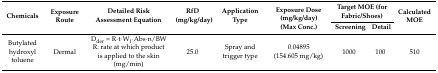
<table><thead><tr><td rowspan="2"><b>Chemicals</b></td><td rowspan="2"><b>Exposure Route</b></td><td rowspan="2"><b>Detailed Risk Assessment Equation</b></td><td rowspan="2"><b>RfD (mg/kg/day)</b></td><td rowspan="2"><b>Application Type</b></td><td rowspan="2"><b>Exposure Dose (mg/kg/day) (Max Conc.)</b></td><td colspan="2"><b>Target MOE (for Fabric/Shoes)</b></td><td rowspan="2"><b>Calculated MOE</b></td></tr><tr><td><b>Screening</b></td><td><b>Detail</b></td></tr></thead><tbody><tr><td>Butylated hydroxyl toluene</td><td>Dermal</td><td>D<sub>der</sub> = R·t·W<sub>f</sub>·Abs·n/BWR: rate at which product is applied to the skin (mg/min)</td><td>25.0</td><td>Spray and trigger type</td><td>0.04895(154.605 mg/kg)</td><td>1000</td><td>100</td><td>510</td></tr></tbody></table>